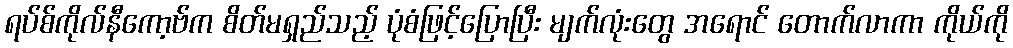
ရပ်စ်ကိုလ်နီကော့ဗ်က စိတ်မရှည်သည့် ပုံစံဖြင့်ပြောပြီး မျက်လုံးတွေ အရောင် တောက်လာကာ ကိုယ်ကို